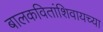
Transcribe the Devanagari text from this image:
बालकवितांशिवायच्या